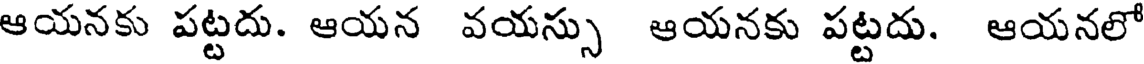
ఆయనకు పట్టదు. ఆయన వయస్సు ఆయనకు పట్టదు. ఆయనలో